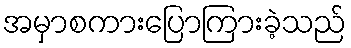
အမှာစကားပြောကြားခဲ့သည်